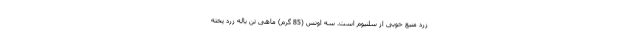
زرد منبع خوبی از سلنیوم است. سه اونس (85 گرم) ماهی تن باله زرد پخته